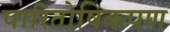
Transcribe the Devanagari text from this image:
पारितोषिकपण